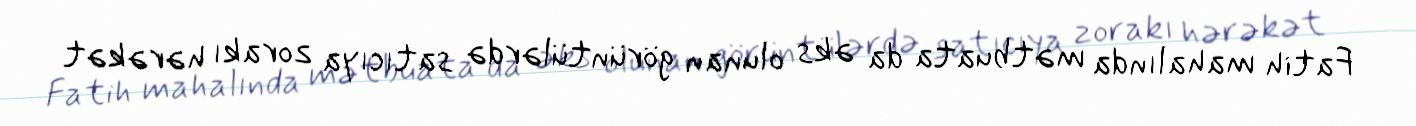
Fatih mahalında mətbuata da əks olunan görüntülərdə satıcıya zorakı hərəkət